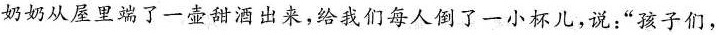
奶奶从屋里端了一壶甜酒出来，给我们每人倒了一小杯儿，说：“孩子们，